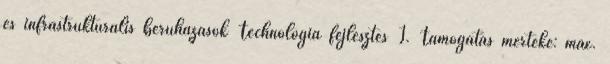
és infrastrukturális beruházások Technológia fejlesztés I. Támogatás mértéke: max.